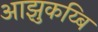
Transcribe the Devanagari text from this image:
आझुकय्बि